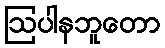
ဩပါနဘူတော